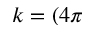
k = ( 4 \pi